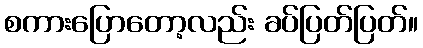
စကားပြောတော့လည်း ခပ်ပြတ်ပြတ်။